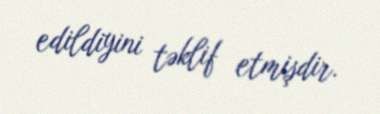
edildiyini təklif etmişdir.